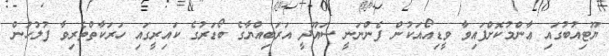
ޔޫޓިއުބުގައި ޢާންމުކޮށްފައިވާ ވީޑިއޯއަކުން ފެންނަނީ ސައޫދީ އަރަބިއްޔާގެ ބޯޑަރުގެ ކައިރީގައި ހަރަކާތްތެރިވާ ފުލުހުން